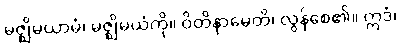
မဇ္ဈိမယာမံ၊ မဇ္ဈိမယံကို။ ဝိတိနာမေတိ၊ လွန်စေ၏။ ဣဒံ၊